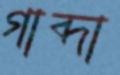
গাব্দা